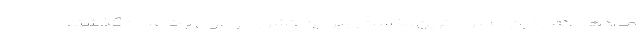
می‌دهد که آردرن محبوب‌ترین نخست‌وزیر این کشور در طول یک سده گذشته